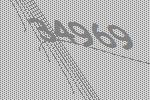
34969